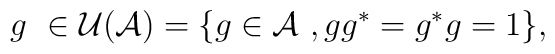
g \,\,\in {\cal U}({\cal A})= \{g \in {\cal A} \,\,, gg^*=g^*g =1\},